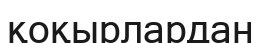
қоқырлардан